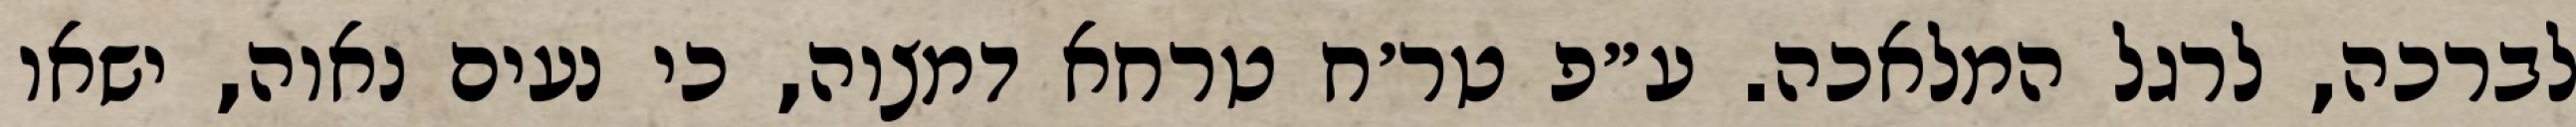
לברכה, לרגל המלאכה. ע״פ טר׳ח טרחא דמצוה, כי נעים נאוה, ישאו